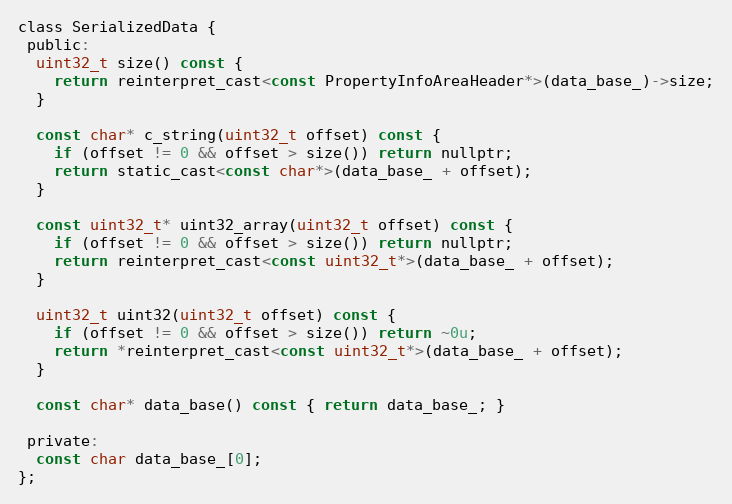
Language: C
class SerializedData {
 public:
  uint32_t size() const {
    return reinterpret_cast<const PropertyInfoAreaHeader*>(data_base_)->size;
  }

  const char* c_string(uint32_t offset) const {
    if (offset != 0 && offset > size()) return nullptr;
    return static_cast<const char*>(data_base_ + offset);
  }

  const uint32_t* uint32_array(uint32_t offset) const {
    if (offset != 0 && offset > size()) return nullptr;
    return reinterpret_cast<const uint32_t*>(data_base_ + offset);
  }

  uint32_t uint32(uint32_t offset) const {
    if (offset != 0 && offset > size()) return ~0u;
    return *reinterpret_cast<const uint32_t*>(data_base_ + offset);
  }

  const char* data_base() const { return data_base_; }

 private:
  const char data_base_[0];
};